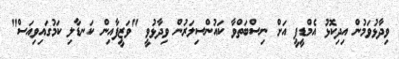
ވިދާޅުވަމުން އިދިކޮޅު އެމްޑީޕީ އަށް ނިސްބަތްވާ ކައުންސިލަރުން ވިދާޅުވީ "ވަޒީފާއިން ކަނޑާލި ކަމުގައިވިއަސް"